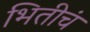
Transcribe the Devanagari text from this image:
भितीचं